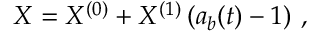
\begin{array} { r } { X = X ^ { ( 0 ) } + X ^ { ( 1 ) } \left( a _ { b } ( t ) - 1 \right) \, , } \end{array}